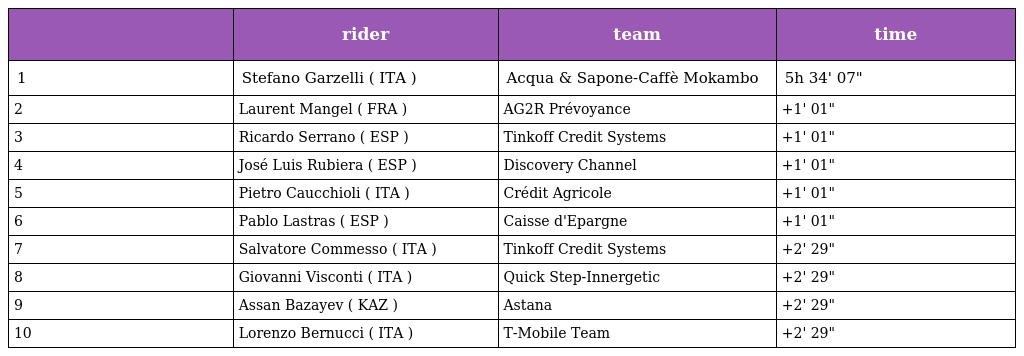
|  | rider | team | time |
 | --- | --- | --- | --- |
 | 1 | Stefano Garzelli ( ITA ) | Acqua & Sapone-Caffè Mokambo | 5h 34' 07" |
 | 2 | Laurent Mangel ( FRA ) | AG2R Prévoyance | +1' 01" |
 | 3 | Ricardo Serrano ( ESP ) | Tinkoff Credit Systems | +1' 01" |
 | 4 | José Luis Rubiera ( ESP ) | Discovery Channel | +1' 01" |
 | 5 | Pietro Caucchioli ( ITA ) | Crédit Agricole | +1' 01" |
 | 6 | Pablo Lastras ( ESP ) | Caisse d'Epargne | +1' 01" |
 | 7 | Salvatore Commesso ( ITA ) | Tinkoff Credit Systems | +2' 29" |
 | 8 | Giovanni Visconti ( ITA ) | Quick Step-Innergetic | +2' 29" |
 | 9 | Assan Bazayev ( KAZ ) | Astana | +2' 29" |
 | 10 | Lorenzo Bernucci ( ITA ) | T-Mobile Team | +2' 29" |